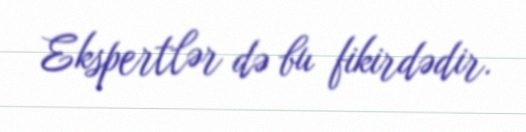
Ekspertlər də bu fikirdədir.